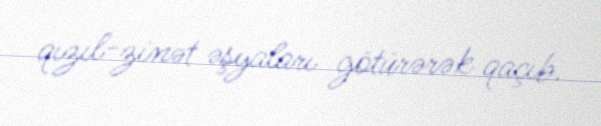
qızıl-zinət əşyaları götürərək qaçıb.